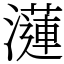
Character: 𤂍